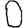
Digit: 0